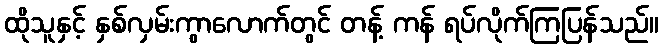
ထိုသူနှင့် နှစ်လှမ်းကွာလောက်တွင် တန့် ကန် ရပ်လိုက်ကြပြန်သည်။